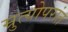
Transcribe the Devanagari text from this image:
म्रुत्योपरांत